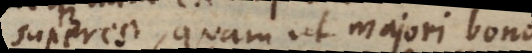
superest, quam ut majori bono